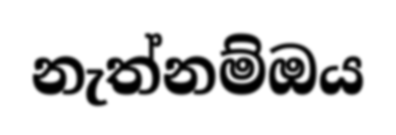
නැත්නම්ඔය